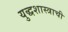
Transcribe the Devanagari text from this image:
युद्धशास्त्राची